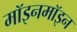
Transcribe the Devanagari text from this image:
मॉइनमॉइन